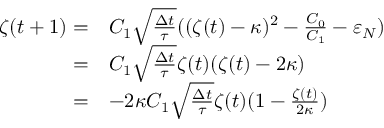
\begin{array} { r l } { \zeta ( t + 1 ) = } & { C _ { 1 } \sqrt { \frac { \Delta t } { \tau } } ( ( \zeta ( t ) - \kappa ) ^ { 2 } - \frac { C _ { 0 } } { C _ { 1 } } - \varepsilon _ { N } ) } \\ { = } & { C _ { 1 } \sqrt { \frac { \Delta t } { \tau } } \zeta ( t ) ( \zeta ( t ) - 2 \kappa ) } \\ { = } & { - 2 \kappa C _ { 1 } \sqrt { \frac { \Delta t } { \tau } } \zeta ( t ) ( 1 - \frac { \zeta ( t ) } { 2 \kappa } ) } \end{array}